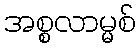
အစ္စလာမ္မစ်